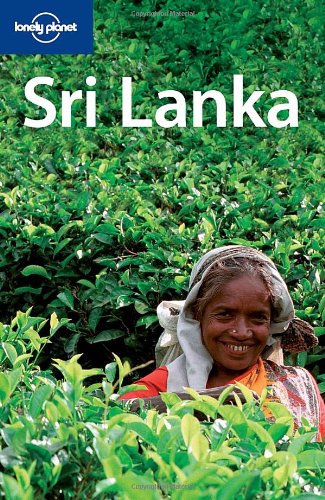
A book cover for Lonely Planet Sri Lanka (Country Guide); Joe Cummings; Travel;